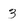
Character: 3